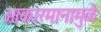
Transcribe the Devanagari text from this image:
आकारमानामुळे